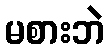
မစားဘဲ